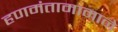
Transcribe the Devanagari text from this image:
हणमंतामामाने